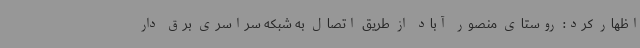
اظهار کرد: روستای منصور آباد از طریق اتصال به شبکه سراسری برق دار